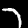
Digit: 7